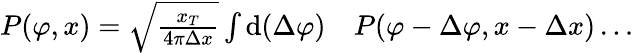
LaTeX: \begin{array}{rl}{P(\varphi,x)=\sqrt{\frac{x_{T}}{4\pi\Delta x}}\int\mathrm{d}(\Delta\varphi)}&{{}P(\varphi-\Delta\varphi,x-\Delta x)\dots}\end{array}